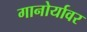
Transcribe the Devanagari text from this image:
गानोर्यावर